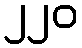
၂၂၀